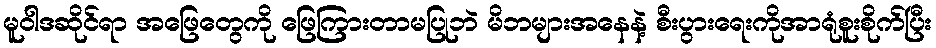
မူဝါဒဆိုင်ရာ အဖြေတွေကို ဖြေကြားတာမပြုဘဲ မိဘများအနေနဲ့ စီးပွားရေးကိုအာရုံစူးစိုက်ပြီး